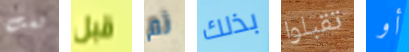
لست قبل ثم بذلك تقبلوا أو